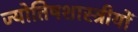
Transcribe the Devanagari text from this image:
ज्योतिषशास्त्रीयों